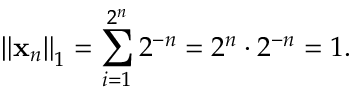
\left\Vert \mathbf { x } _ { n } \right\Vert _ { 1 } = \sum _ { i = 1 } ^ { 2 ^ { n } } 2 ^ { - n } = 2 ^ { n } \cdot 2 ^ { - n } = 1 .